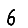
Digit: 6